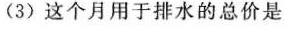
(3)这个月用于排水的总价是